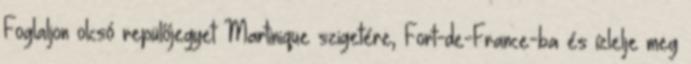
Foglaljon olcsó repülőjegyet Martinique szigetére, Fort-de-France-ba és ízlelje meg